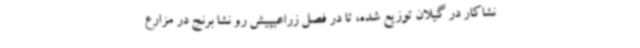
نشا‌کار در گیلان توزیع شده، تا در فصل زراعیپیش رو نشا برنج در مزارع